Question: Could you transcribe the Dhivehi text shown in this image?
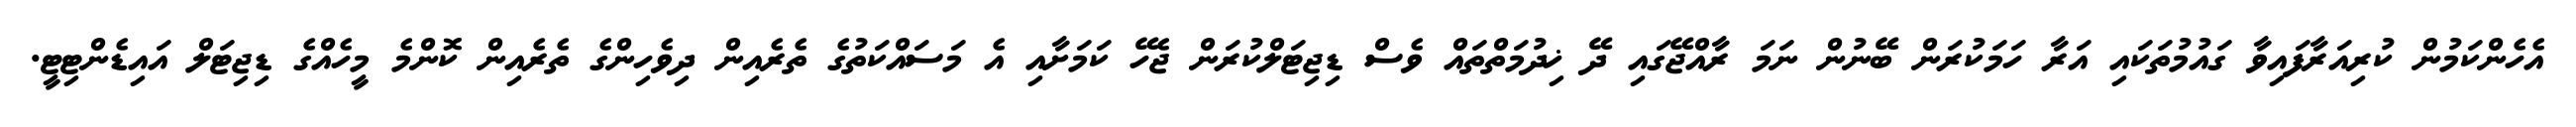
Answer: އެހެންކަމުން ކުރިއަރާފައިވާ ގައުމުތަކައި އަރާ ހަމަކުރަން ބޭނުން ނަމަ ރާއްޖޭގައި ދޭ ޚިދުމަތްތައް ވެސް ޑިޖިޓަލްކުރަން ޖެހޭ ކަމަށާއި އެ މަސައްކަތުގެ ތެރެއިން ދިވެހިންގެ ތެރެއިން ކޮންމެ މީހެއްގެ ޑިޖިޓަލް އައިޑެންޓިޓީ.